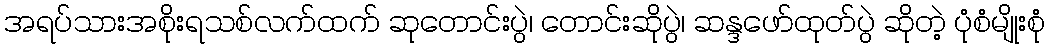
အရပ်သားအစိုးရသစ်လက်ထက် ဆုတောင်းပွဲ၊ တောင်းဆိုပွဲ၊ ဆန္ဒဖော်ထုတ်ပွဲ ဆိုတဲ့ ပုံစံမျိုးစုံ